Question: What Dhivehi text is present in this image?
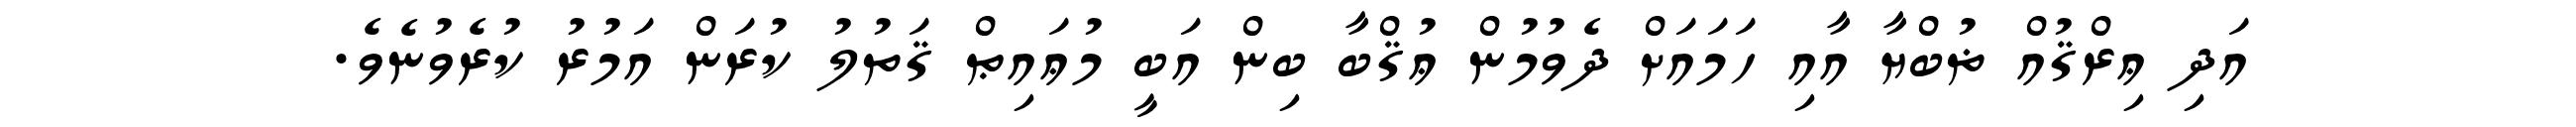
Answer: އަދި ޢިރްޤުއް ޡުބްޔާ އާއި ހަމައަށް ދެވުމުން ޢުޤްބާ ބިން އަބީ މުޢައިޠް ޤަތުލު ކުރަން އަމުރު ކުރެވުނެވެ.